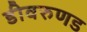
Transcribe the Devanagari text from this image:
डीवरुणड